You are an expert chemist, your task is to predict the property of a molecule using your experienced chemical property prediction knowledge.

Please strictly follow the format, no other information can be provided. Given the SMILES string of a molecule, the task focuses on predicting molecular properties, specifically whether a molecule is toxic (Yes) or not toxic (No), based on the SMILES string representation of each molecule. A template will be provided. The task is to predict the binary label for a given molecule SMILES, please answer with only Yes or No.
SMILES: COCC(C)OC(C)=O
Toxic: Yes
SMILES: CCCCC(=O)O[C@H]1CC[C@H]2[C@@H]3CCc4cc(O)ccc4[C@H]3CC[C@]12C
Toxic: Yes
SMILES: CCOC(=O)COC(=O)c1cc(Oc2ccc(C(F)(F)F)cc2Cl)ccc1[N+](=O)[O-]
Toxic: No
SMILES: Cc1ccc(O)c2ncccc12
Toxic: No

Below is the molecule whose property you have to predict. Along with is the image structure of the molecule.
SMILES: CN(C)C(=O)Nc1cccc(C(F)(F)F)c1
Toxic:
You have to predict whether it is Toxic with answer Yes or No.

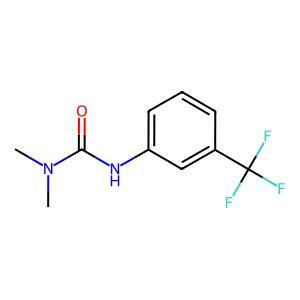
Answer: No